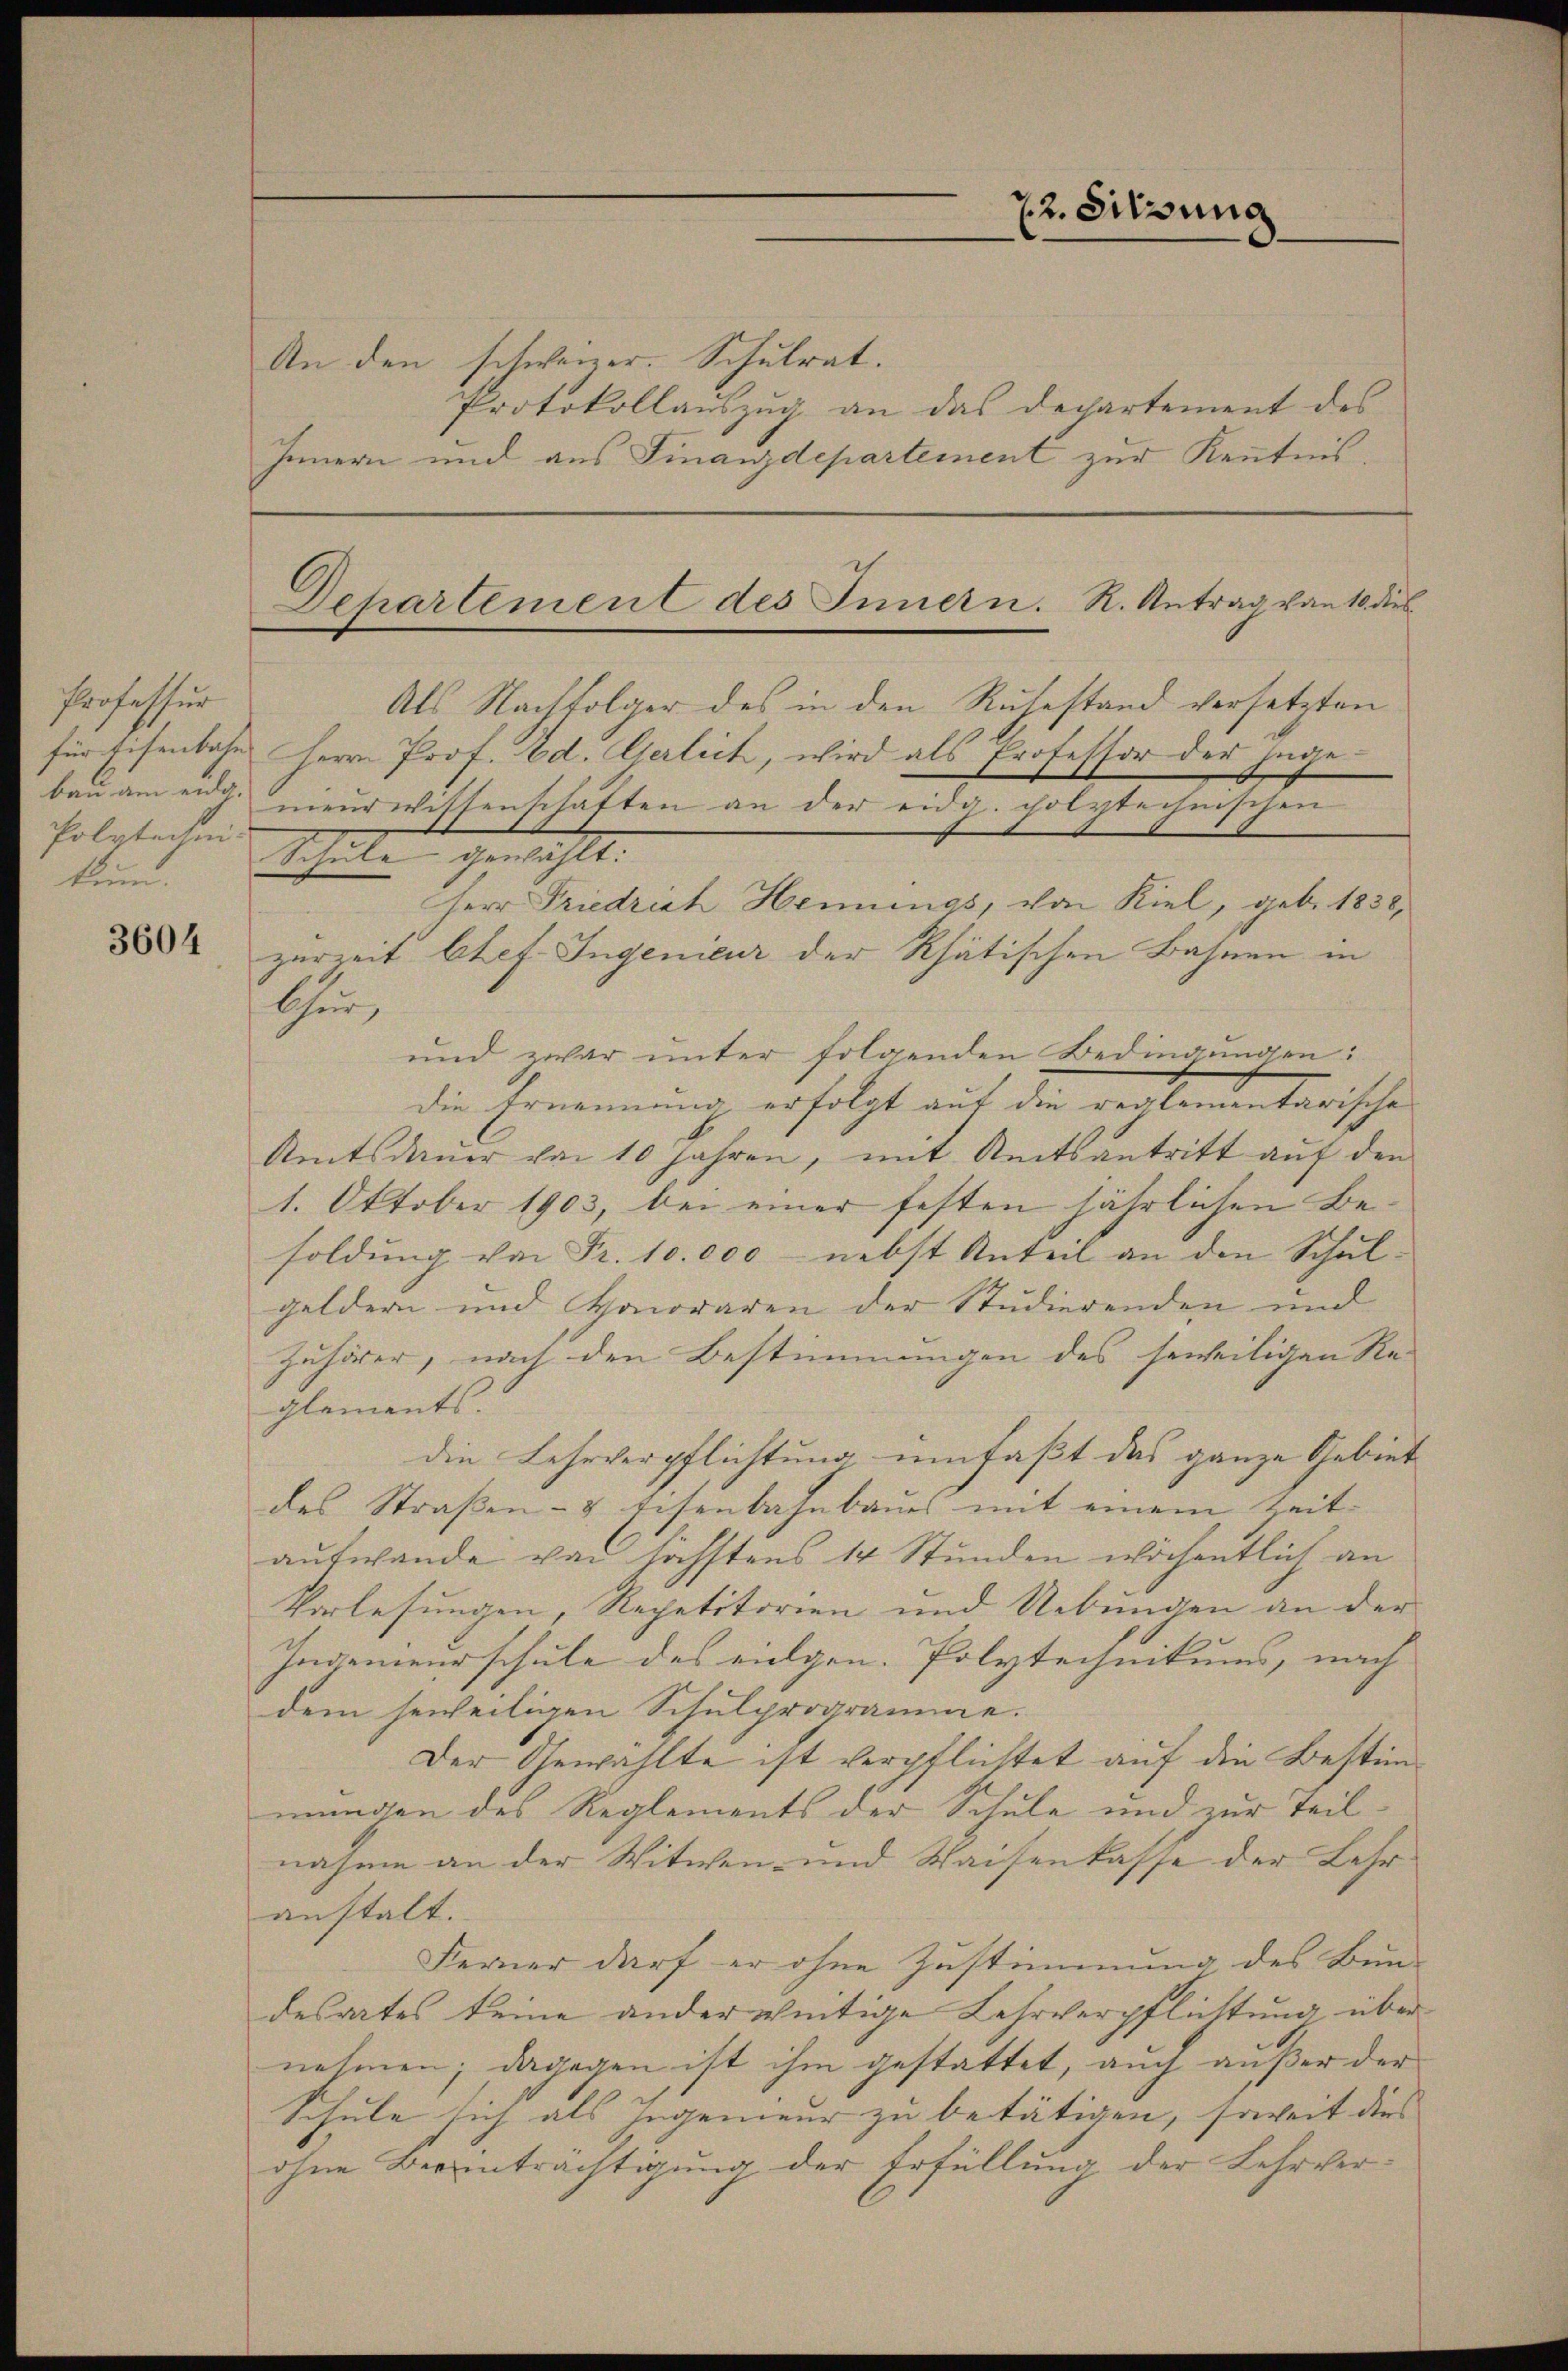
Professur
für Eisenbahn
kum.

3604

An den schweizer. Schulrat.
Protokollauszug an das Departement des
Innern und aus Finanzdepartement zur Kenntnis,

72. Sitzung

Als Nachfolger des in den Ruhestand versetzten
Herrn Prof. Ad. Gerlich, wird als Professor der Juge
bau an und nieurwissenschaften an der eidg. polytechnischen
folglichen Schule gewählt.
Herr Friedrich Heiungs, von Kiel, geb. 1838,
zurzeit btef. Ingenieur der Rhätischen Bahnen in
Chur,
und zwar unter folgenden Bedingungen:
die Ernennung erfolgt auf den verkommeterischen
Amtsdauer von 10 Jahren, mit Reitsantritt auf den
1. Oktober 1903, bei einer festen jährlichen Besoldung von Fr. 10.000 - nebst Anteil an den Schul-
geldern und Honoraren der Studierenden und
Zuhörer, nach den Bestimmungen des jeweiligen Re-
glements. |
die Lehrverpflichtung umfaßt das ganze Gebiet
des Straßen- & Eisenbahnbaues mit einem Zeitaufwande von höchstens 14 Stunden wöchentlich an
Vorlesungen, Repetitorien und Uebungen an der
Ingenieurschule des eingen. Polytechnikums, nach
dem jeweiligen Schulprogramme.
Der Gewählte ist verpflichtet auf die Bestimmungen des Reglements der Schule und zur Teilnahme an der Witwen- und Waisenkasse der Lehranstalt.
Ferner darf er ohne Zustimmung des Bun-
desrates keine ander weitige Lehrverpflichtung über
nehmen; dagegen ist ihm gestattet, auch außer der
Schule sich als Ingenieur zu betätigen, soweit dies
ohne Beeinträchtigung der Erfüllung der Lehrver¬

Dehartement des Innern. R. Antrag von 10 dies